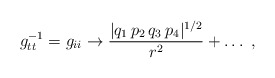
\begin{align*}g_{tt}^{-1} = g_{ii} \rightarrow { |q_1\, p_2\,q_3\, p_4|^{1/2} \over r ^2 }+ \dots \ ,\end{align*}